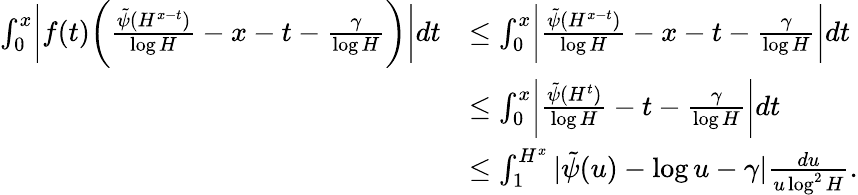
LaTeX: \begin{array}{rl}{\int_{0}^{x}\biggl|f(t)\biggl(\frac{\tilde{\psi}(H^{x-t})}{\log H}-x-t-\frac{\gamma}{\log H}\biggr)\biggr|dt}&{\le\int_{0}^{x}\biggl|\frac{\tilde{\psi}(H^{x-t})}{\log H}-x-t-\frac{\gamma}{\log H}\biggr|dt}\\ &{\le\int_{0}^{x}\biggl|\frac{\tilde{\psi}(H^{t})}{\log H}-t-\frac{\gamma}{\log H}\biggr|dt}\\ &{\le\int_{1}^{H^{x}}|\tilde{\psi}(u)-\log u-\gamma|\frac{du}{u\log^{2}H}.}\end{array}